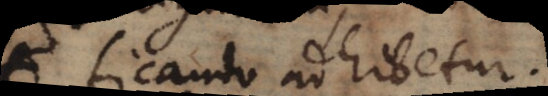
ficando adhibetur.